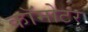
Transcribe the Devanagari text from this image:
कॉमोटर